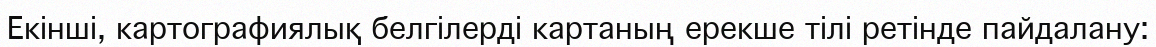
Екінші, картографиялық белгілерді картаның ерекше тілі ретінде пайдалану: